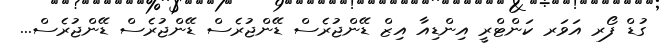
ގުޑް ފޯރ އަވަރ ކަންޓްރީ އިންޑިއާ އިޒް ޑޭންޖުރެސް ޑޭންޖުރެސް ޑޭންޖުރެސް ޑޭންޖުރެސް...